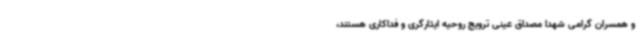
و همسران گرامی شهدا مصداق عینی ترویج روحیه ایثارگری و فداکاری هستند،